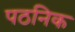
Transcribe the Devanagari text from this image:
पठनिक